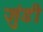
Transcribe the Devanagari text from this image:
जुंडी